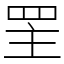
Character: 罜